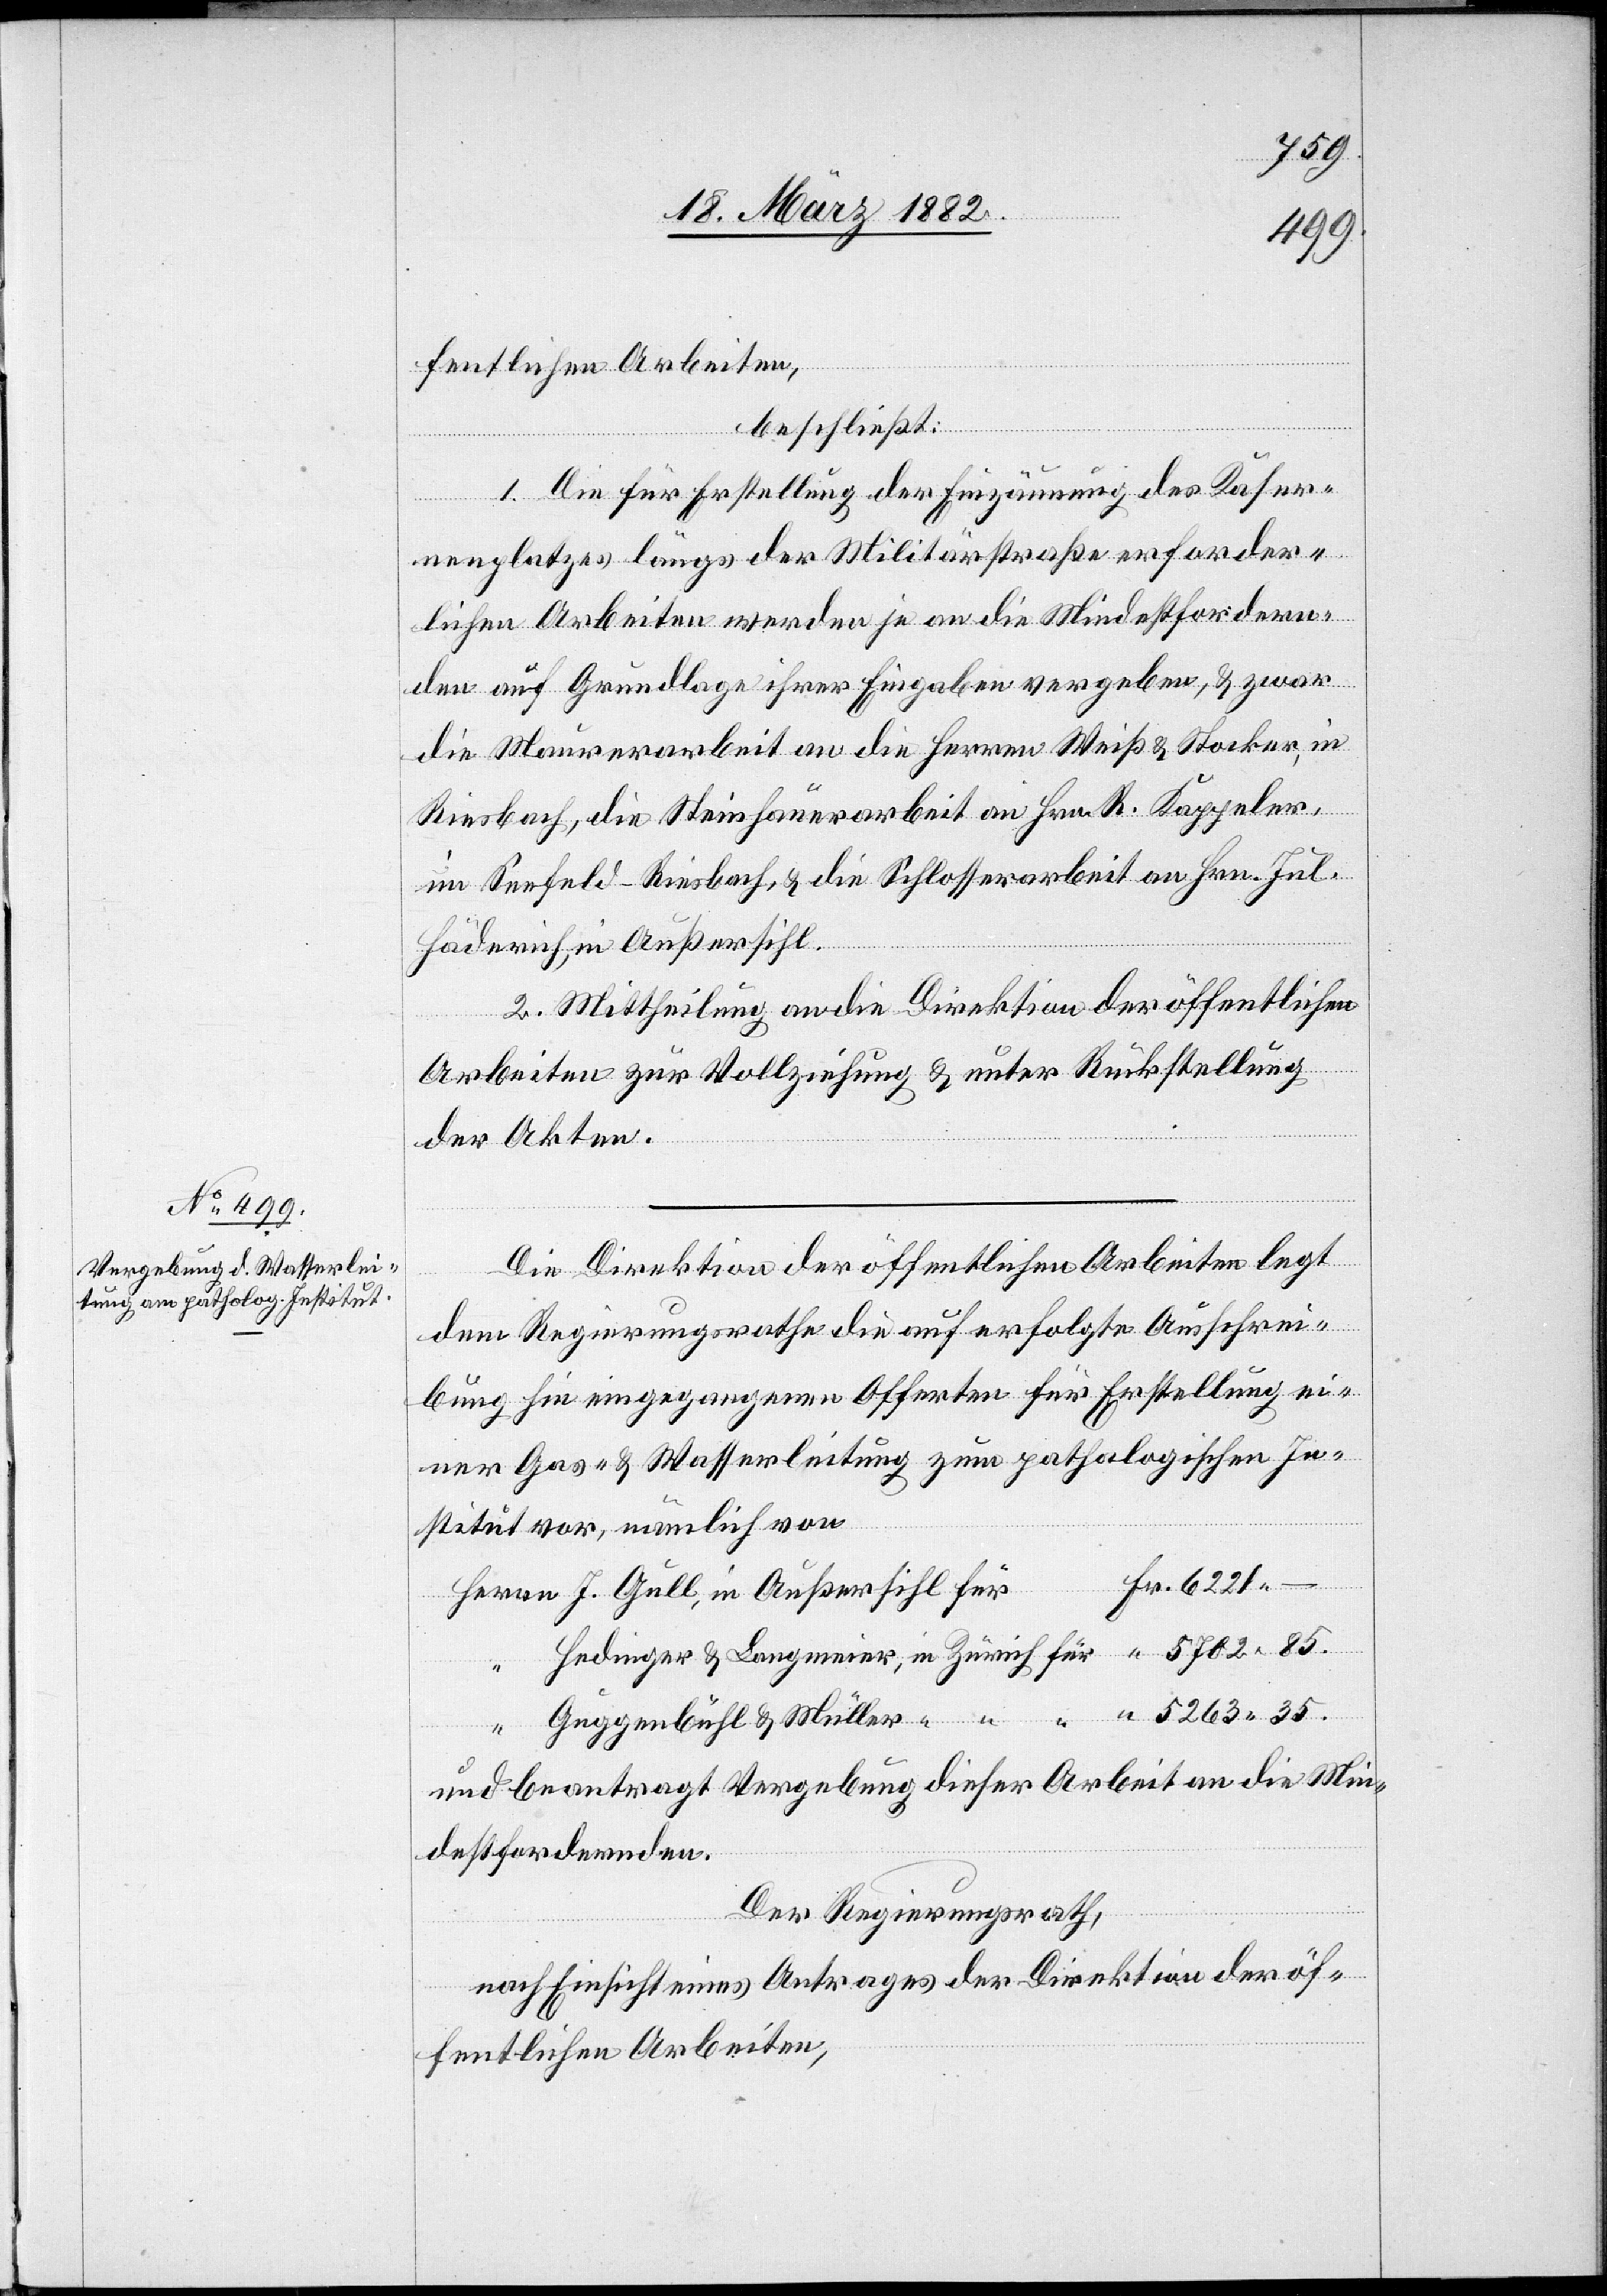
fentlichen Arbeiten,
beschließt:
1. Die für Erstellung der Einzäunung der Kaser¬
nenplatzes längs der Militärstraße erforder¬
lichen Arbeiten werden je an die Mindestfordern¬
den auf Grundlage ihrer Eingabe vergeben, & zwar
die Maurerarbeit an die Herren Weiß & Stocker, in
Riesbach, die Steinhauerarbeit an Hrn. R. Kappeler,
im Seefeld - Riesbach, & die Schlosserarbeit an Hrn. Jul.
Hädenrich, in Außersihl.
2. Mittheilung an die Direktion der öffentlichen
Arbeiten zur Vollziehung & unter Rückstellung
der Akten.
Die Direktion der öffentlichen Arbeiten legt
dem Regierungsrathe die auf erfolgte Ausschrei¬
bung hin eingegangenen Offerten für Erstellung ei¬
ner Gas- & Wasserleitung zum pathologischen In¬
stitut vor, nämlich von
35
und beantragt Vergebung dieser Arbeit an die Min¬
destfordernden.
Der Regierungsrath,
nach Einsicht eines Antrages der Direktion der öf¬
fentlichen Arbeiten,